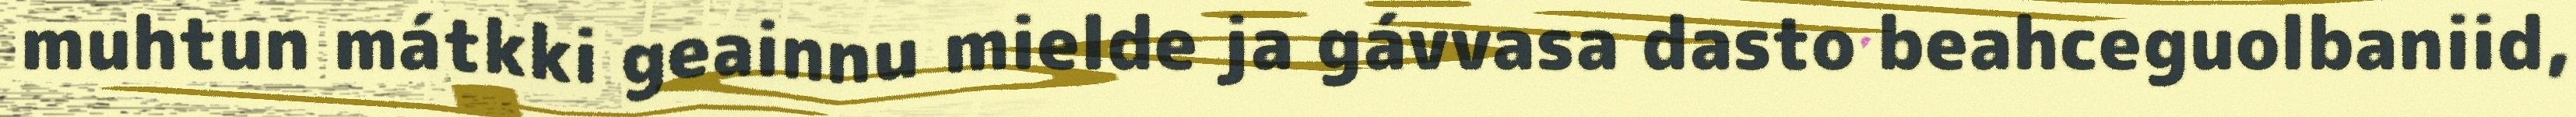
muhtun mátkki geainnu mielde ja gávvasa dasto beahceguolbaniid,